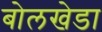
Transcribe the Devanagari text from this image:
बोलखेडा